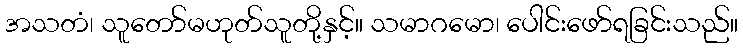
အသတံ၊ သူတော်မဟုတ်သူတို့နှင့်။ သမာဂမော၊ ပေါင်းဖော်ရခြင်းသည်။